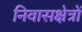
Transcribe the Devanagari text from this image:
निवासक्षेत्रों